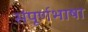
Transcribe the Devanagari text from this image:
संपूर्णभाषा